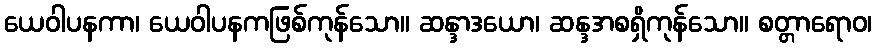
ယေဝါပနကာ၊ ယေဝါပနကဖြစ်ကုန်သော။ ဆန္ဒာဒယော၊ ဆန္ဒအစရှိကုန်သော။ စတ္တာရောဝ၊